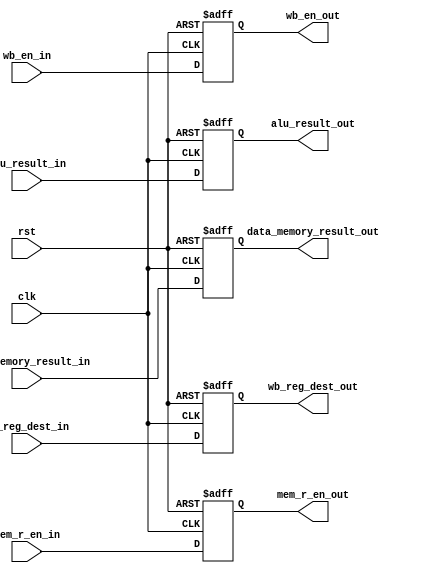
module MEM_stage_reg(
    input               clk,
    input               rst,
    input               wb_en_in,
    input               mem_r_en_in,
    input       [31:0]  alu_result_in,
    input       [31:0]  data_memory_result_in,
    input       [3:0]   wb_reg_dest_in,

    output reg          wb_en_out,
    output reg          mem_r_en_out,
    output reg  [31:0]  alu_result_out,
    output reg  [31:0]  data_memory_result_out,
    output reg  [3:0]   wb_reg_dest_out
);

    always @(posedge clk, posedge rst) begin
        if (rst) begin
            wb_en_out                       <= 0;
            mem_r_en_out                    <= 0;
            alu_result_out                  <= 0;
            data_memory_result_out          <= 0;
            wb_reg_dest_out                 <= 0;       
        end
        else begin
            wb_en_out                       <= wb_en_in;
            mem_r_en_out                    <= mem_r_en_in;
            alu_result_out                  <= alu_result_in;
            data_memory_result_out          <= data_memory_result_in;
            wb_reg_dest_out                 <= wb_reg_dest_in;    
        end
    end

endmodule